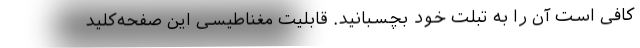
کافی است آن را به تبلت خود بچسبانید. قابلیت مغناطیسی این صفحه‌کلید